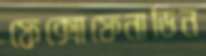
ফেক্সোফেনাডিন